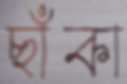
ছাঁকা